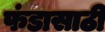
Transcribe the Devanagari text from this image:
फंडासाठी